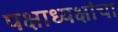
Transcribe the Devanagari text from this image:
पक्षाध्यक्षांचा